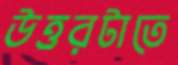
উত্তরটাতে